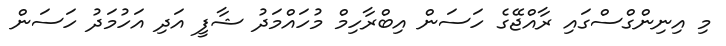
މި އިނިންގްސްގައި ރާއްޖޭގެ ހަސަން އިބްރާހިމް މުހައްމަދު ޝާފީ އަދި އަހުމަދު ހަސަން